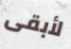
لأبقى